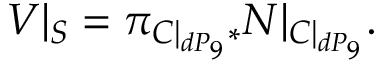
V | _ { { \cal S } } = \pi _ { { \cal C } | _ { d P _ { 9 } } * } { \cal N } | _ { { \cal { C } } | _ { d P _ { 9 } } } .